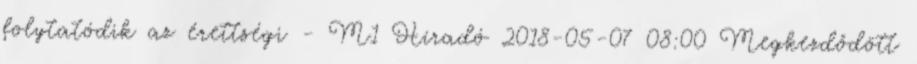
folytatódik az érettségi - M1 Híradó 2018-05-07 08:00 Megkezdődött